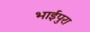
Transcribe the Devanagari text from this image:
भाईपुरा